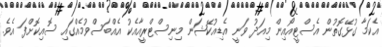
އެކަމާ ގުޅޭގޮތުން އެސްޓީއޯއިން މިއަދު ވަނީ އެޑިއުކޭޝަން މިނިސްޓްރީއާއެކު އެއްބަސްވުމެއްގައި ސޮއިކޮށްފަ އެވެ.